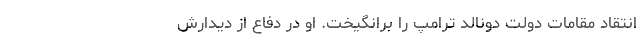
انتقاد مقامات دولت دونالد ترامپ را برانگیخت. او در دفاع از دیدارش